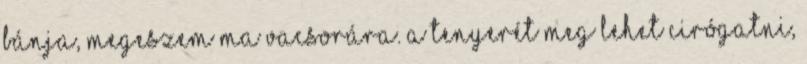
bánja, Megeszem ma vacsorára. A tenyerét meg lehet cirógatni,